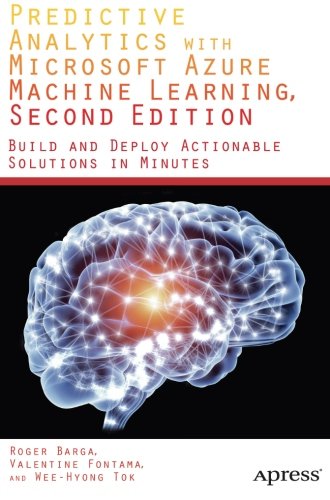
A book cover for Predictive Analytics with Microsoft Azure Machine Learning 2nd Edition; Valentine Fontama; Computers & Technology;